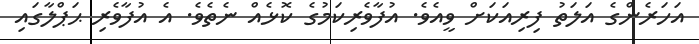
އަހަރެންގެ އަލަތު ފިރިއަކަށް ވީއެވެ. އުފާވެރިކަމުގެ ކޮޅެއް ނެތެވެ. އެ އުފާވެރި ޙަޕްލާގައި